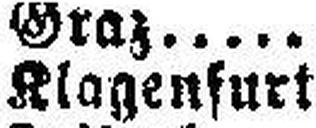
Klagenfurt